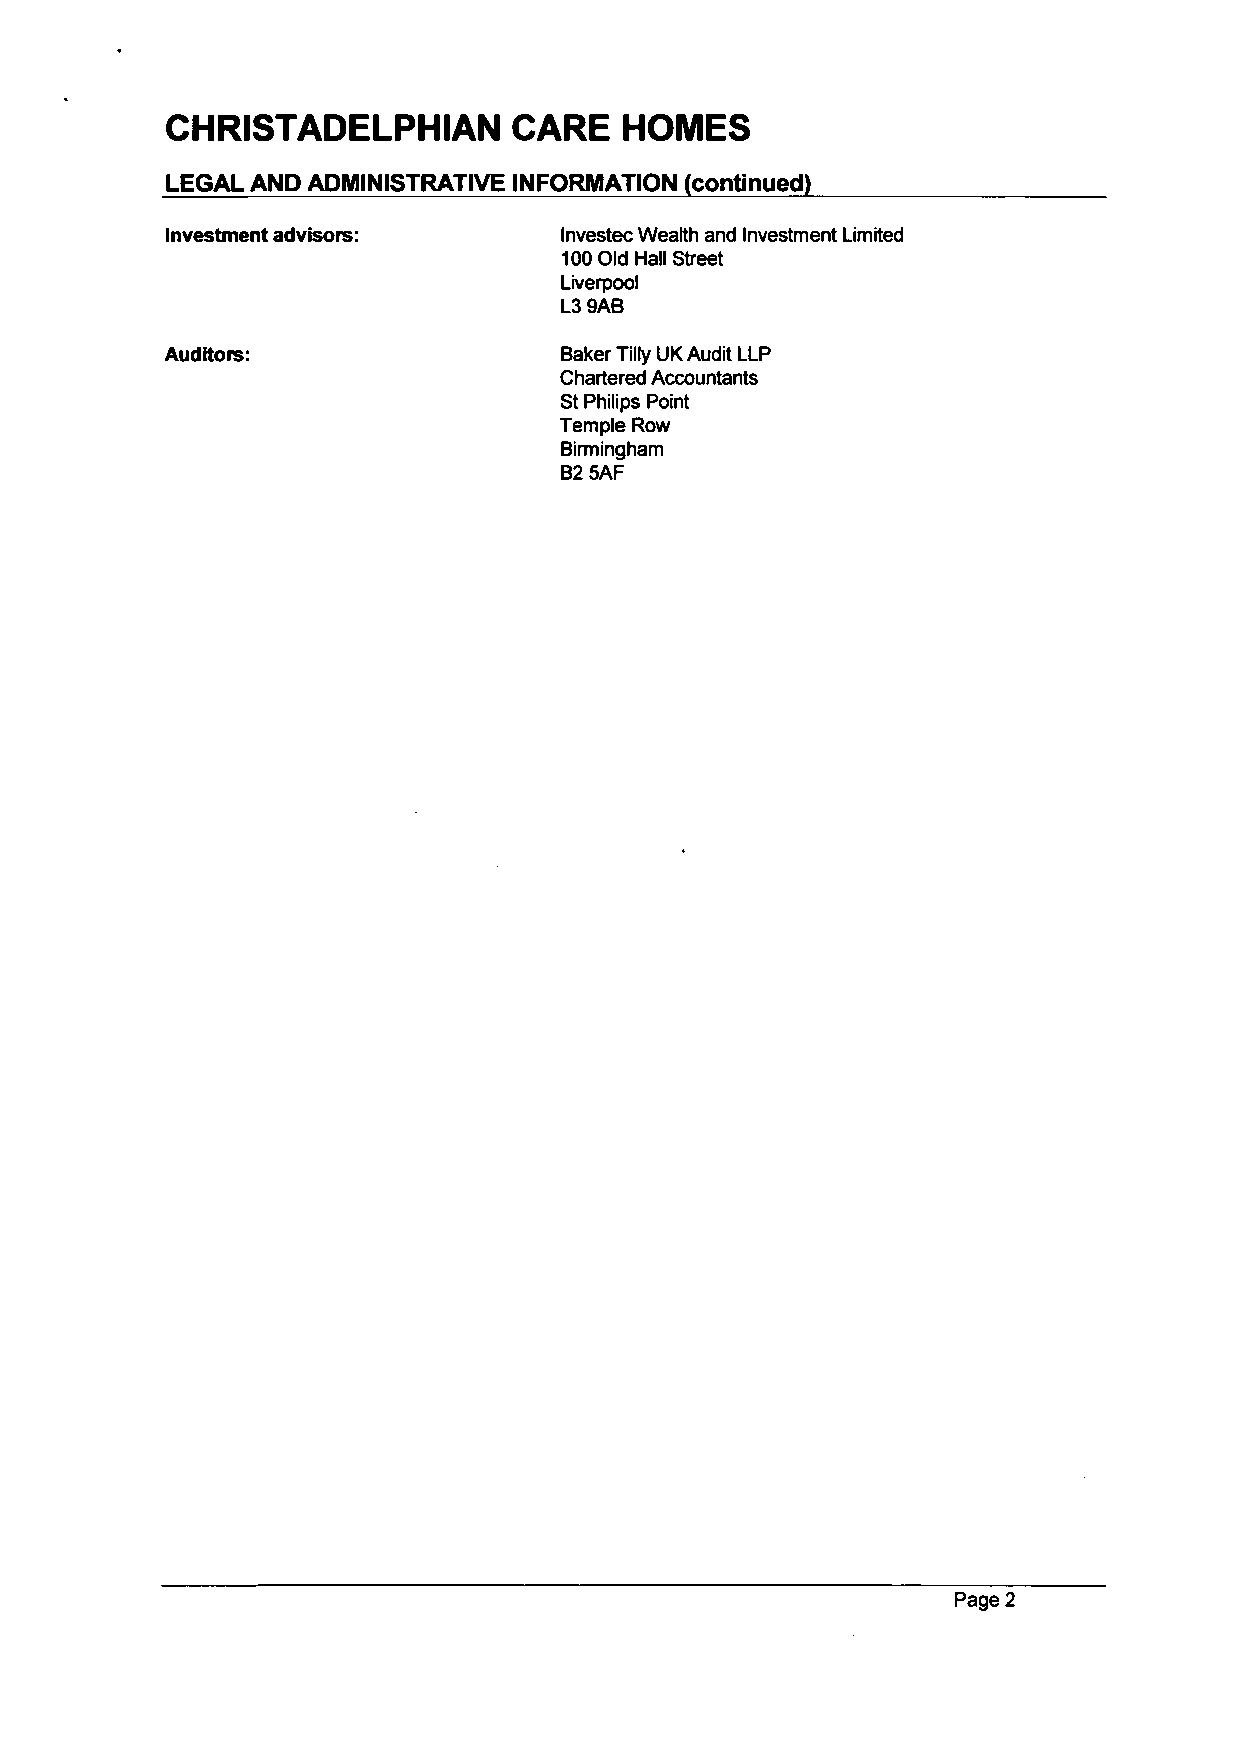
CHRISTADELPHIAN        CARE   HOMES
 LEGAL AND ADMINISTRATIVE INFORMATION (continued)
 Investment advisors:      Investec Wealth and Investment Limited
 100 Old Hall Street
 Liverpool
 L3 9AB
 Auditors:                 Baker Tilly UK Audit LLP
 Chartered Accountants
 St Philips Point
 Temple Row
 Binmingham
 B2 5AF
 Page 2